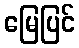
မြေပြင်